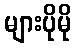
များပိုမို